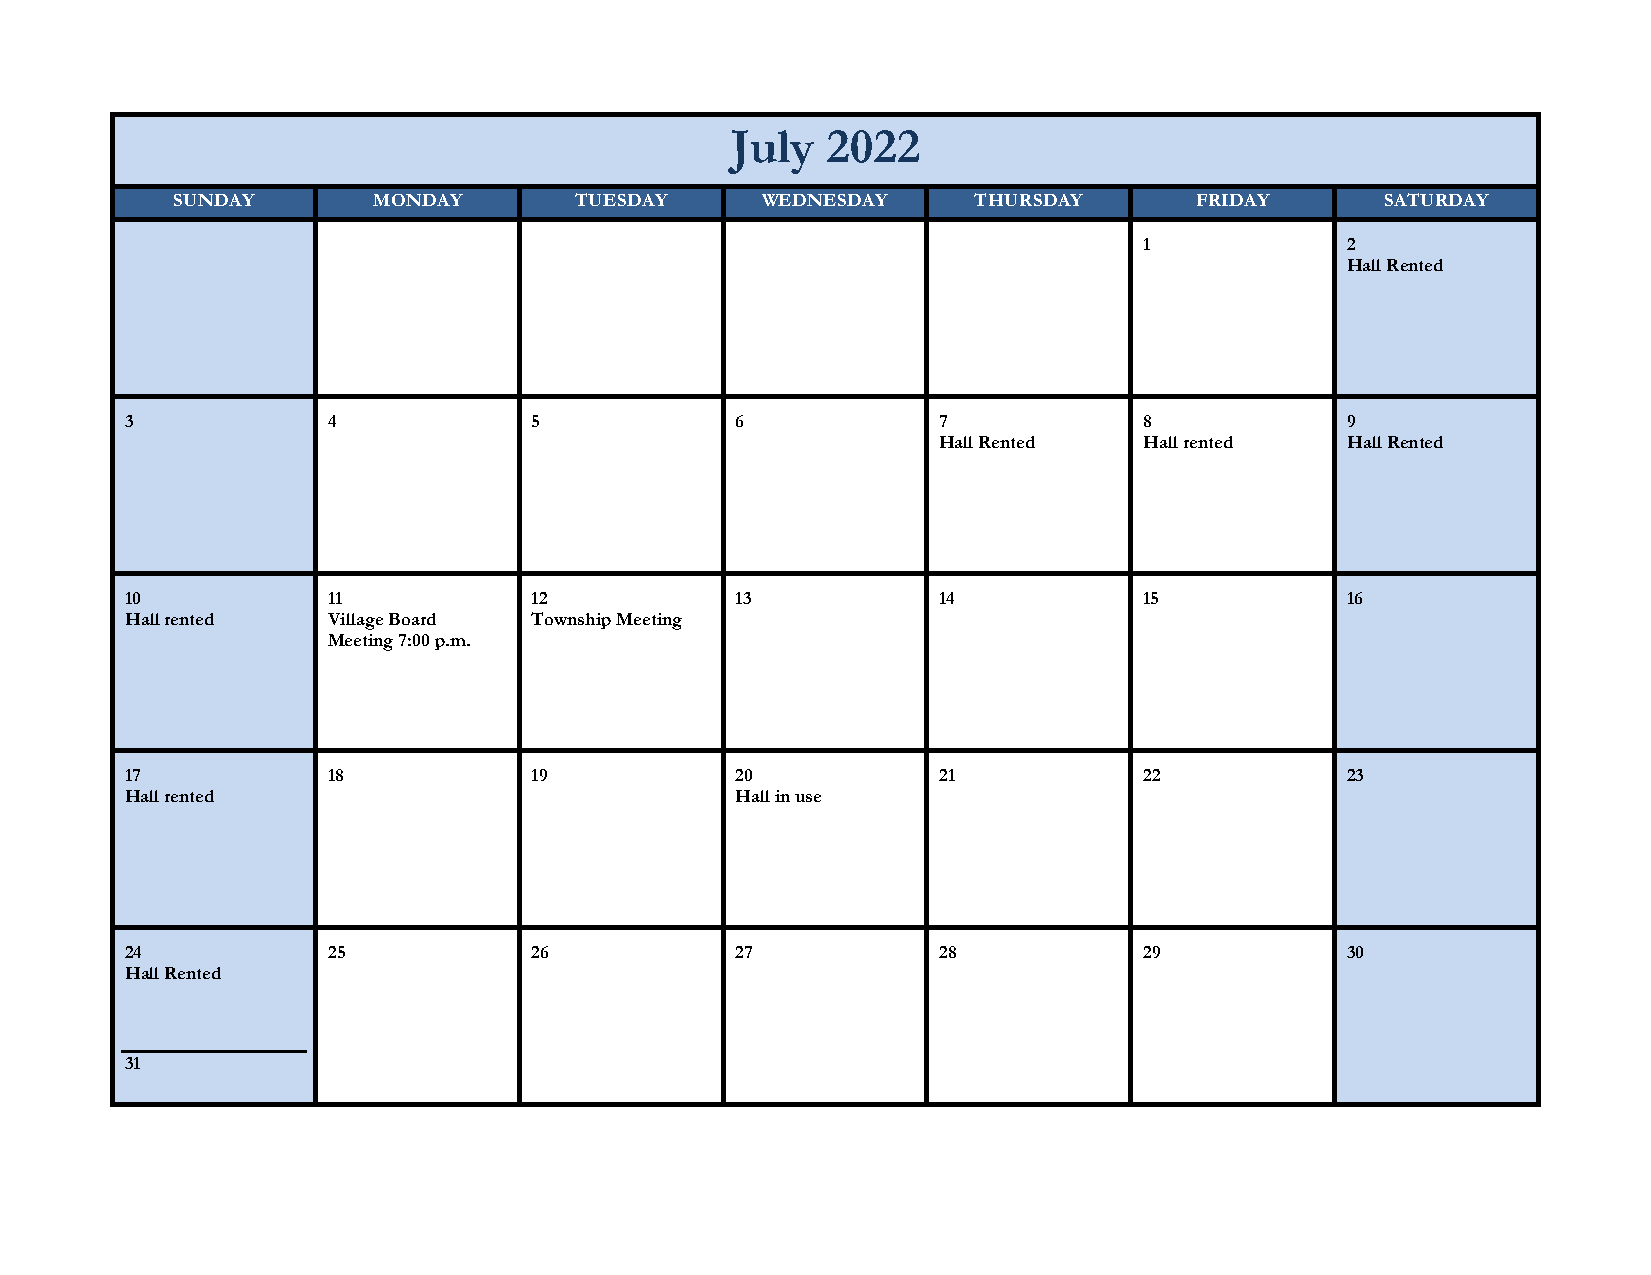
July   2022
 SUNDAY        MONDAY       TUESDAY     WEDNESDAY     THURSDAY       FRIDAY       SATURDAY
 1            2
 Hall Rented
 3             4            5             6            7             8            9
 Hall Rented   Hall rented  Hall Rented
 10            11           12            13           14            15           16
 Hall rented   Village Board Township Meeting
 Meeting 7:00 p.m.
 17            18           19            20           21            22           23
 Hall rented                              Hall in use
 24            25           26            27           28            29           30
 Hall Rented
 31